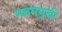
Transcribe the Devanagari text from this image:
नवममुखी